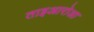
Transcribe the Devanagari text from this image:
ताइआरोआ